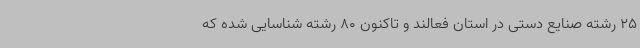
25 رشته صنایع دستی در استان فعالند و تاکنون 80 رشته شناسایی شده که